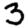
Digit: 3